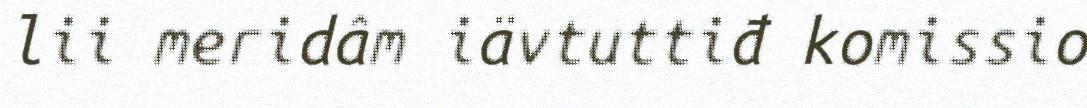
lii meridâm iävtuttiđ komissio